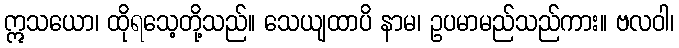
ဣသယော၊ ထိုရသေ့တို့သည်။ သေယျထာပိ နာမ၊ ဥပမာမည်သည်ကား။ ဗလဝါ၊